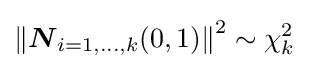
\left\|{\boldsymbol {N}}_{i=1,\ldots ,k}(0,1)\right\|^{2}\sim \chi _{k}^{2}